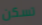
تسكن